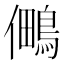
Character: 𭀈